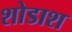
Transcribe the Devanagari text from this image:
शोडाश